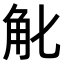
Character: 𧢶